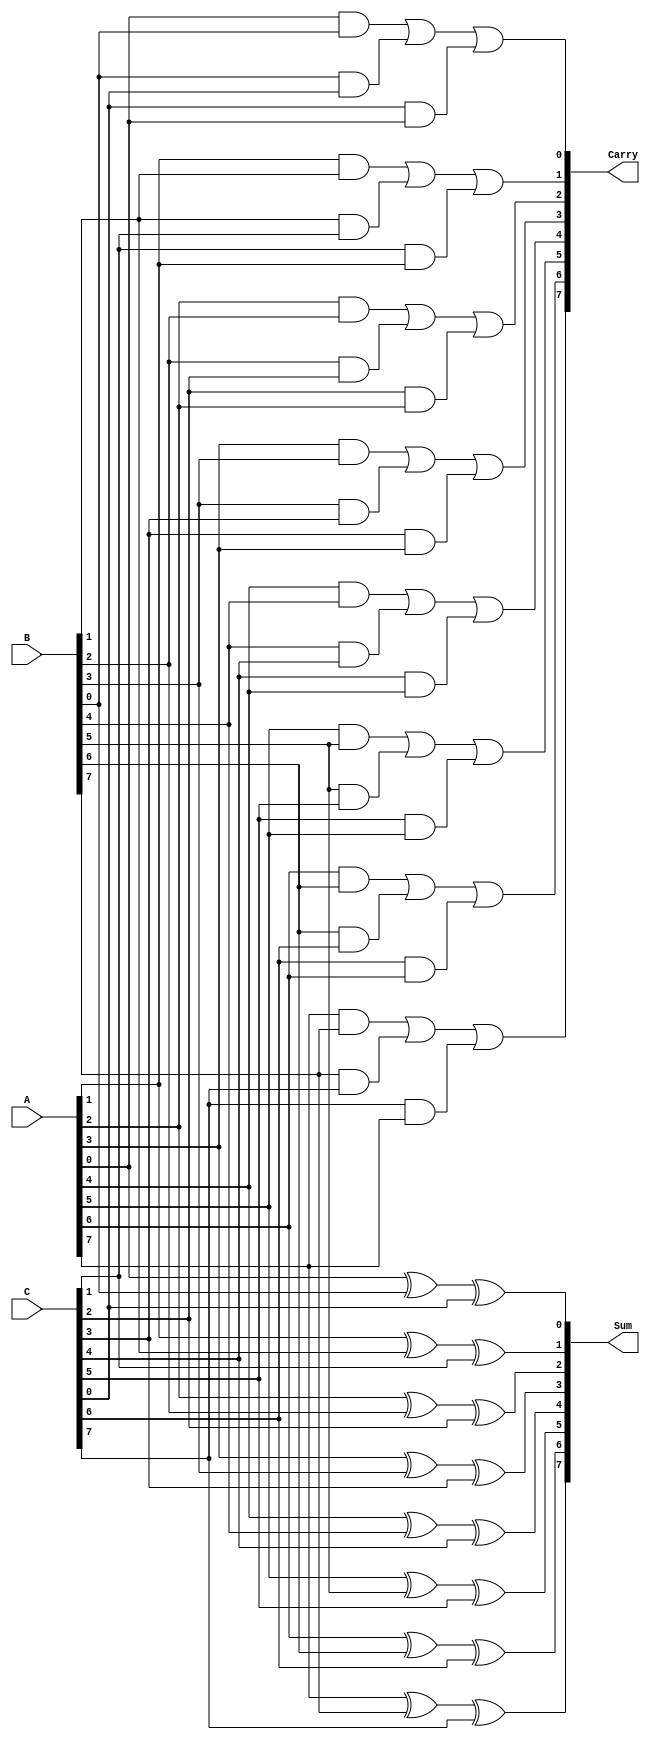
module CarrySaveAdder #(parameter n = 8) (
    input  [n-1:0] A,   // First n-bit input
    input  [n-1:0] B,   // Second n-bit input
    input  [n-1:0] C,   // Third n-bit input
    output [n-1:0] Sum,  // n-bit sum output
    output [n-1:0] Carry // n-bit carry output
);

    // Generate the Sum and Carry outputs
    genvar i;
    generate
        for (i = 0; i < n; i = i + 1) begin : CSA
            assign Sum[i] = A[i] ^ B[i] ^ C[i]; // Sum calculation using XOR
            assign Carry[i] = (A[i] & B[i]) | (B[i] & C[i]) | (C[i] & A[i]); // Carry calculation
        end
    endgenerate

endmodule